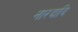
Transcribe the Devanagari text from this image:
नारदादि